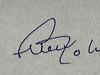
Signature authenticity: forged